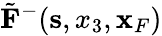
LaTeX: \tilde{\mathbf F}^{-}({\mathbf s},x_{3},{\mathbf x}_{F})